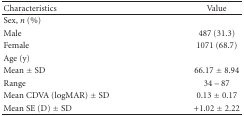
<table><thead><tr><td><b>Characteristics</b></td><td><b> Value</b></td></tr></thead><tbody><tr><td>Sex, <i>n</i> (%)</td><td></td></tr><tr><td>Male</td><td>487 (31.3)</td></tr><tr><td>Female</td><td>1071 (68.7)</td></tr><tr><td>Age (y)</td><td></td></tr><tr><td>Mean ± SD</td><td>66.17 ± 8.94</td></tr><tr><td>Range</td><td>34 – 87</td></tr><tr><td>Mean CDVA (logMAR) ± SD</td><td>0.13 ± 0.17</td></tr><tr><td>Mean SE (D) ± SD</td><td>+1.02 ± 2.22</td></tr></tbody></table>